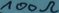
Text: 100Ω